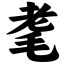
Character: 耄